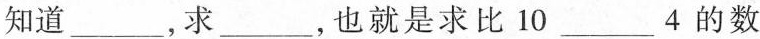
知道___，求___，也就是求比10___4的数